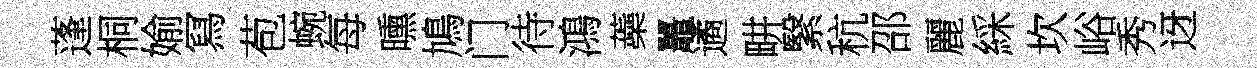
蓬桐媮冩苞蜿每曛鳩门待鴻蘃鼉遹畊繄秔邵麗綵坎峪秀迓